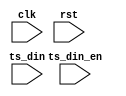
`timescale 1ns / 1ps
//////////////////////////////////////////////////////////////////////////////////
// Company: 
// Engineer: 
// 
// Design Name: 
// Module Name:    ts_split 
// Project Name: 
// Target Devices: 
// Tool versions: 
// Description: 
//
// Dependencies: 
//
// Revision: 
// Revision 0.01 - File Created
// Additional Comments: 
//
//////////////////////////////////////////////////////////////////////////////////
module ts_split(
	clk,
	rst,
	
	ts_din,
	ts_din_en

    );
    
  input		clk;
  input   rst;
  input [31:0]ts_din;
  input 	ts_din_en;


endmodule